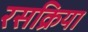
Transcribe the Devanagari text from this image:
रसक्रिया